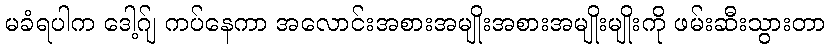
မခံရပါက ဒေါ့ဂ်ျ ကပ်နေကာ အလောင်းအစားအမျိုးအစားအမျိုးမျိုးကို ဖမ်းဆီးသွားတာ